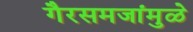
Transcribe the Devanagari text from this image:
गैरसमजांमुळे